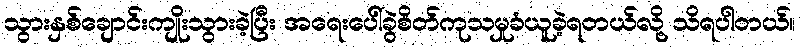
သွားနှစ်ချောင်းကျိုးသွားခဲ့ပြီး အရေးပေါ်ခွဲစိတ်ကုသမှုခံယူခဲ့ရတယ်လို့ သိရပါတယ်။